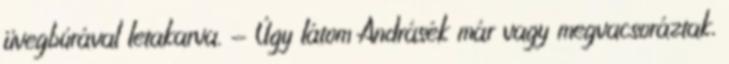
üvegbúrával letakarva. - Úgy látom Andrásék már vagy megvacsoráztak,